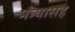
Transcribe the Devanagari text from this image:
मंत्र्यासह